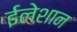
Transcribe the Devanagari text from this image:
ईलेशान